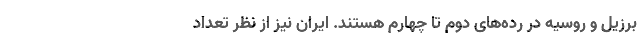
برزیل و روسیه در رده‌های دوم تا چهارم هستند. ایران نیز از نظر تعداد